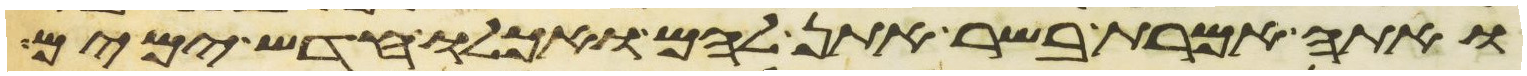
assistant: ואתה אמרת בשר אתן להם ואכלו חדש ימים